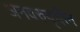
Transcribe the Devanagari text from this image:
अनवरुद्दीन